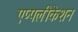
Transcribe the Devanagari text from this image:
एप्पलीकेशन